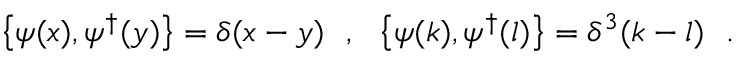
\left\{ \psi ( x ) , \psi ^ { \dagger } ( y ) \right\} = \delta ( x - y ) ~ ~ , ~ ~ \left\{ \psi ( k ) , \psi ^ { \dagger } ( l ) \right\} = \delta ^ { 3 } ( k - l ) ~ ~ .